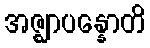
အဇ္ဈာပန္နောတိ